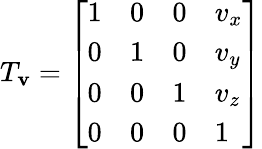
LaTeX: T_{\mathbf{v}}={\left[\begin{array}{llll}{1}&{0}&{0}&{v_{x}}\\ {0}&{1}&{0}&{v_{y}}\\ {0}&{0}&{1}&{v_{z}}\\ {0}&{0}&{0}&{1}\end{array}\right]}